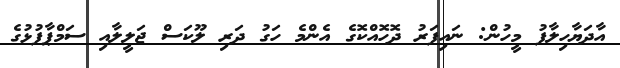
އާދަޔާހިލާފު މީހުން: ނައިފަރު ދޮހޮއްކޮގެ އެންމެ ހަގު ދަރި ލޫކަސް ޖަލީލާއި ސަމްޕާފުޅުގެ